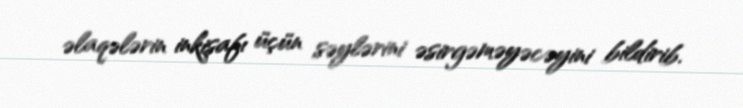
əlaqələrin inkişafı üçün səylərini əsirgəməyəcəyini bildirib.